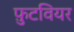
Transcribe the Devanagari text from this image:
फ़ुटवियर